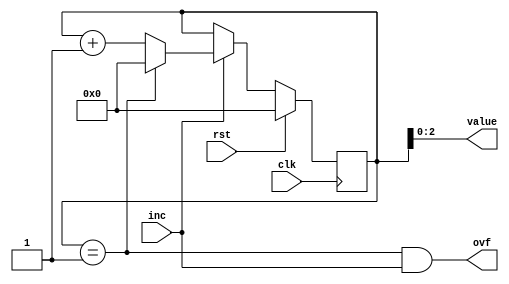
module decimal_counter_10 (
    input clk,
    input rst,
    input inc,
    output reg ovf,
    output reg [2:0] value
  );
  
  
  
  reg [23:0] M_val_d, M_val_q = 1'h0;
  
  always @* begin
    M_val_d = M_val_q;
    
    value = M_val_q;
    ovf = M_val_q == 1'h1 && inc;
    if (inc) begin
      if (M_val_q == 1'h1) begin
        M_val_d = 1'h0;
      end else begin
        M_val_d = M_val_q + 1'h1;
      end
    end
  end
  
  always @(posedge clk) begin
    if (rst == 1'b1) begin
      M_val_q <= 1'h0;
    end else begin
      M_val_q <= M_val_d;
    end
  end
  
endmodule